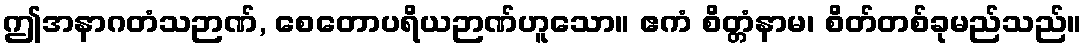
ဤအနာဂတံသဉာဏ်, စေတောပရိယဉာဏ်ဟူသော။ ဧကံ စိတ္တံနာမ၊ စိတ်တစ်ခုမည်သည်။